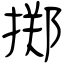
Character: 掷